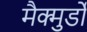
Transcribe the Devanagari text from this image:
मैक्मुर्डो